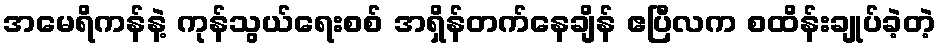
အမေရိကန်နဲ့ ကုန်သွယ်ရေးစစ် အရှိန်တက်နေချိန် ဧပြီလက စထိန်းချုပ်ခဲ့တဲ့